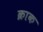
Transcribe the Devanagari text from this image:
क्राक